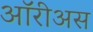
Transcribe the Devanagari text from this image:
ऑरीअस